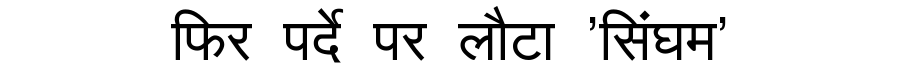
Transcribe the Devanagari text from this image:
फिर पर्दे पर लौटा 'सिंघम'